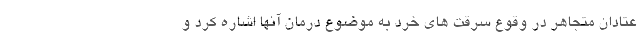
عتادان متجاهر در وقوع سرقت های خرد به موضوع درمان آنها اشاره کرد و